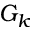
G _ { k }